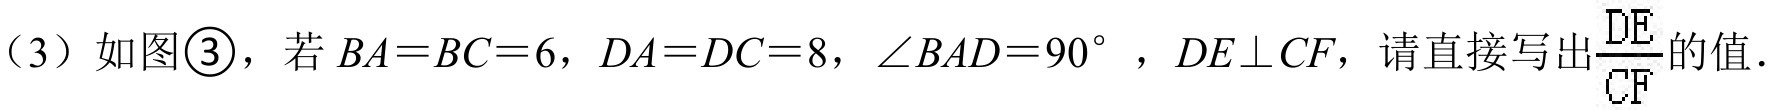
（3）如图\textcircled{3}，若\(BA = BC = 6\)，\(DA = DC = 8\)，\(\angle BAD = 90^{\circ}\)，\(DE\perp CF\)，请直接写出\(\frac{DE}{CF}\)的值.